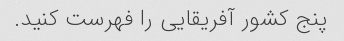
پنج کشور آفریقایی را فهرست کنید.